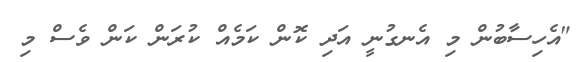
"އެހިސާބުން މި އެނގުނީ އަދި ކޮން ކަމެއް ކުރަން ކަން ވެސް މި